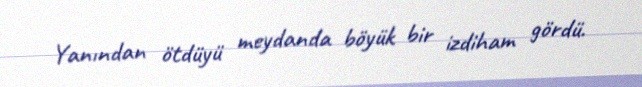
Yanından ötdüyü meydanda böyük bir izdiham gördü.